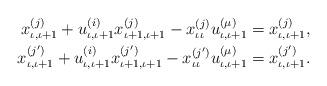
LaTeX: \begin{align*} \begin{aligned}x_{\iota, \iota+1}^{(j)} + u_{\iota,\iota+1}^{(i)} x_{\iota+1, \iota+1}^{(j)} - x_{\iota\iota}^{(j)} u_{\iota,\iota+1}^{(\mu)} &= x_{\iota, \iota+1}^{(j)}, \\ x_{\iota, \iota+1}^{(j')} + u_{\iota,\iota+1}^{(i)} x_{\iota+1, \iota+1}^{(j')} - x_{\iota\iota}^{(j')} u_{\iota,\iota+1}^{(\mu)} &= x_{\iota, \iota+1}^{(j')}. \\ \end{aligned}\end{align*}